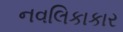
નવલિકાકાર